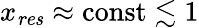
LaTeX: x_{\mathit{res}}\approx\mathrm{const}\lesssim 1